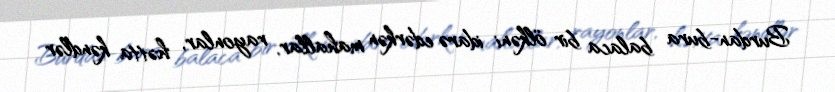
Burdan-bura balaca bir ölkəni idarə edərkən mahallar, rayonlar, hətta kəndlər